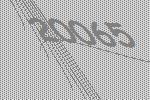
20065